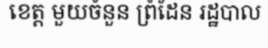
ខេត្ត មួយចំនួន ព្រំដែន រដ្ឋបាល